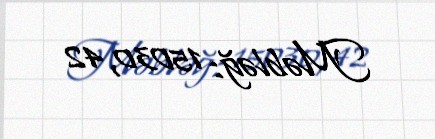
Məbləğ: 15030,42